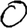
Digit: 0